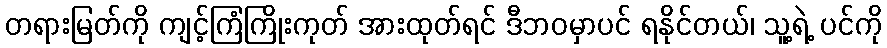
တရားမြတ်ကို ကျင့်ကြံကြိုးကုတ် အားထုတ်ရင် ဒီဘဝမှာပင် ရနိုင်တယ်၊ သူ့ရဲ့ ပင်ကို